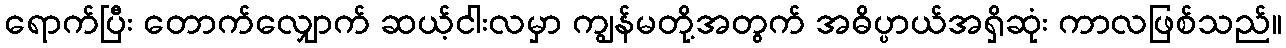
ရောက်ပြီး တောက်လျှောက် ဆယ့်ငါးလမှာ ကျွန်မတို့အတွက် အဓိပ္ပာယ်အရှိဆုံး ကာလဖြစ်သည်။